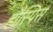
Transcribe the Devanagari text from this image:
हौस्पिस